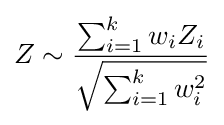
Z\sim {\frac {\sum _{i=1}^{k}w_{i}Z_{i}}{\sqrt {\sum _{i=1}^{k}w_{i}^{2}}}}